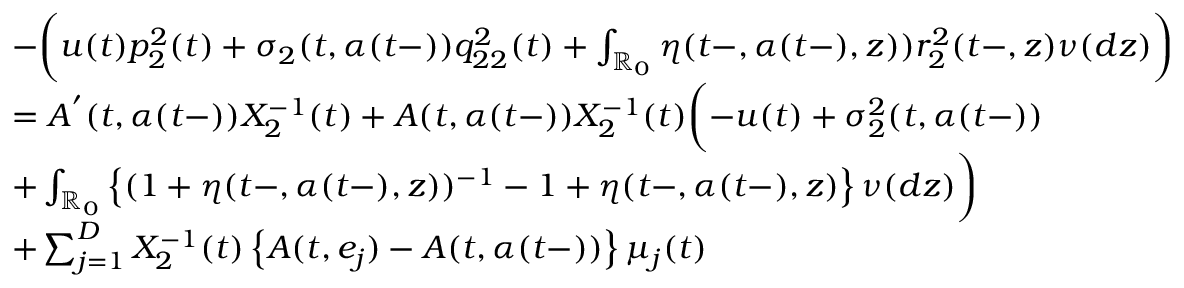
\begin{array} { r l } & { - \biggl ( u ( t ) p _ { 2 } ^ { 2 } ( t ) + \sigma _ { 2 } ( t , \alpha ( t - ) ) q _ { 2 2 } ^ { 2 } ( t ) + \int _ { \mathbb { R } _ { 0 } } \eta ( t - , \alpha ( t - ) , z ) ) r _ { 2 } ^ { 2 } ( t - , z ) \nu ( d z ) \biggr ) } \\ & { = A ^ { ' } ( t , \alpha ( t - ) ) X _ { 2 } ^ { - 1 } ( t ) + A ( t , \alpha ( t - ) ) X _ { 2 } ^ { - 1 } ( t ) \biggl ( - u ( t ) + \sigma _ { 2 } ^ { 2 } ( t , \alpha ( t - ) ) } \\ & { + \int _ { \mathbb { R } _ { 0 } } \left\{ ( 1 + \eta ( t - , \alpha ( t - ) , z ) ) ^ { - 1 } - 1 + \eta ( t - , \alpha ( t - ) , z ) \right\} \nu ( d z ) \biggr ) } \\ & { + \sum _ { j = 1 } ^ { D } X _ { 2 } ^ { - 1 } ( t ) \left\{ A ( t , e _ { j } ) - A ( t , \alpha ( t - ) ) \right\} \mu _ { j } ( t ) } \end{array}